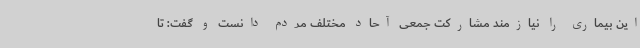
این بیماری را نیازمند مشارکت جمعی آحاد مختلف مردم دانست و گفت: تا